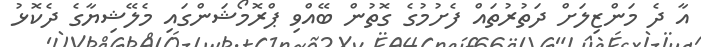
އާ ދެ މަންޒިލަށް ދަތުރުތައް ފެށުމުގެ ގޮތުން ބޭއްވި ޕްރޮމޯޝަންގައި މެލޭޝިޔާގެ ދެކޮޅު